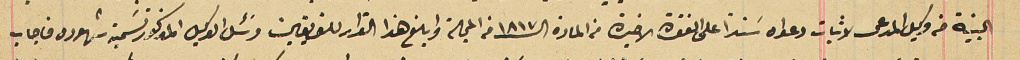
البينة من وكيل المدعى لاثبات دعواه سنداً على الفقرة الاخيرة من المادة الـ١٨١٧ من المجلة وابلغ هذا القرار للفريقين وسَئل الوكيل المذكور تسمية شهوده فاجاب